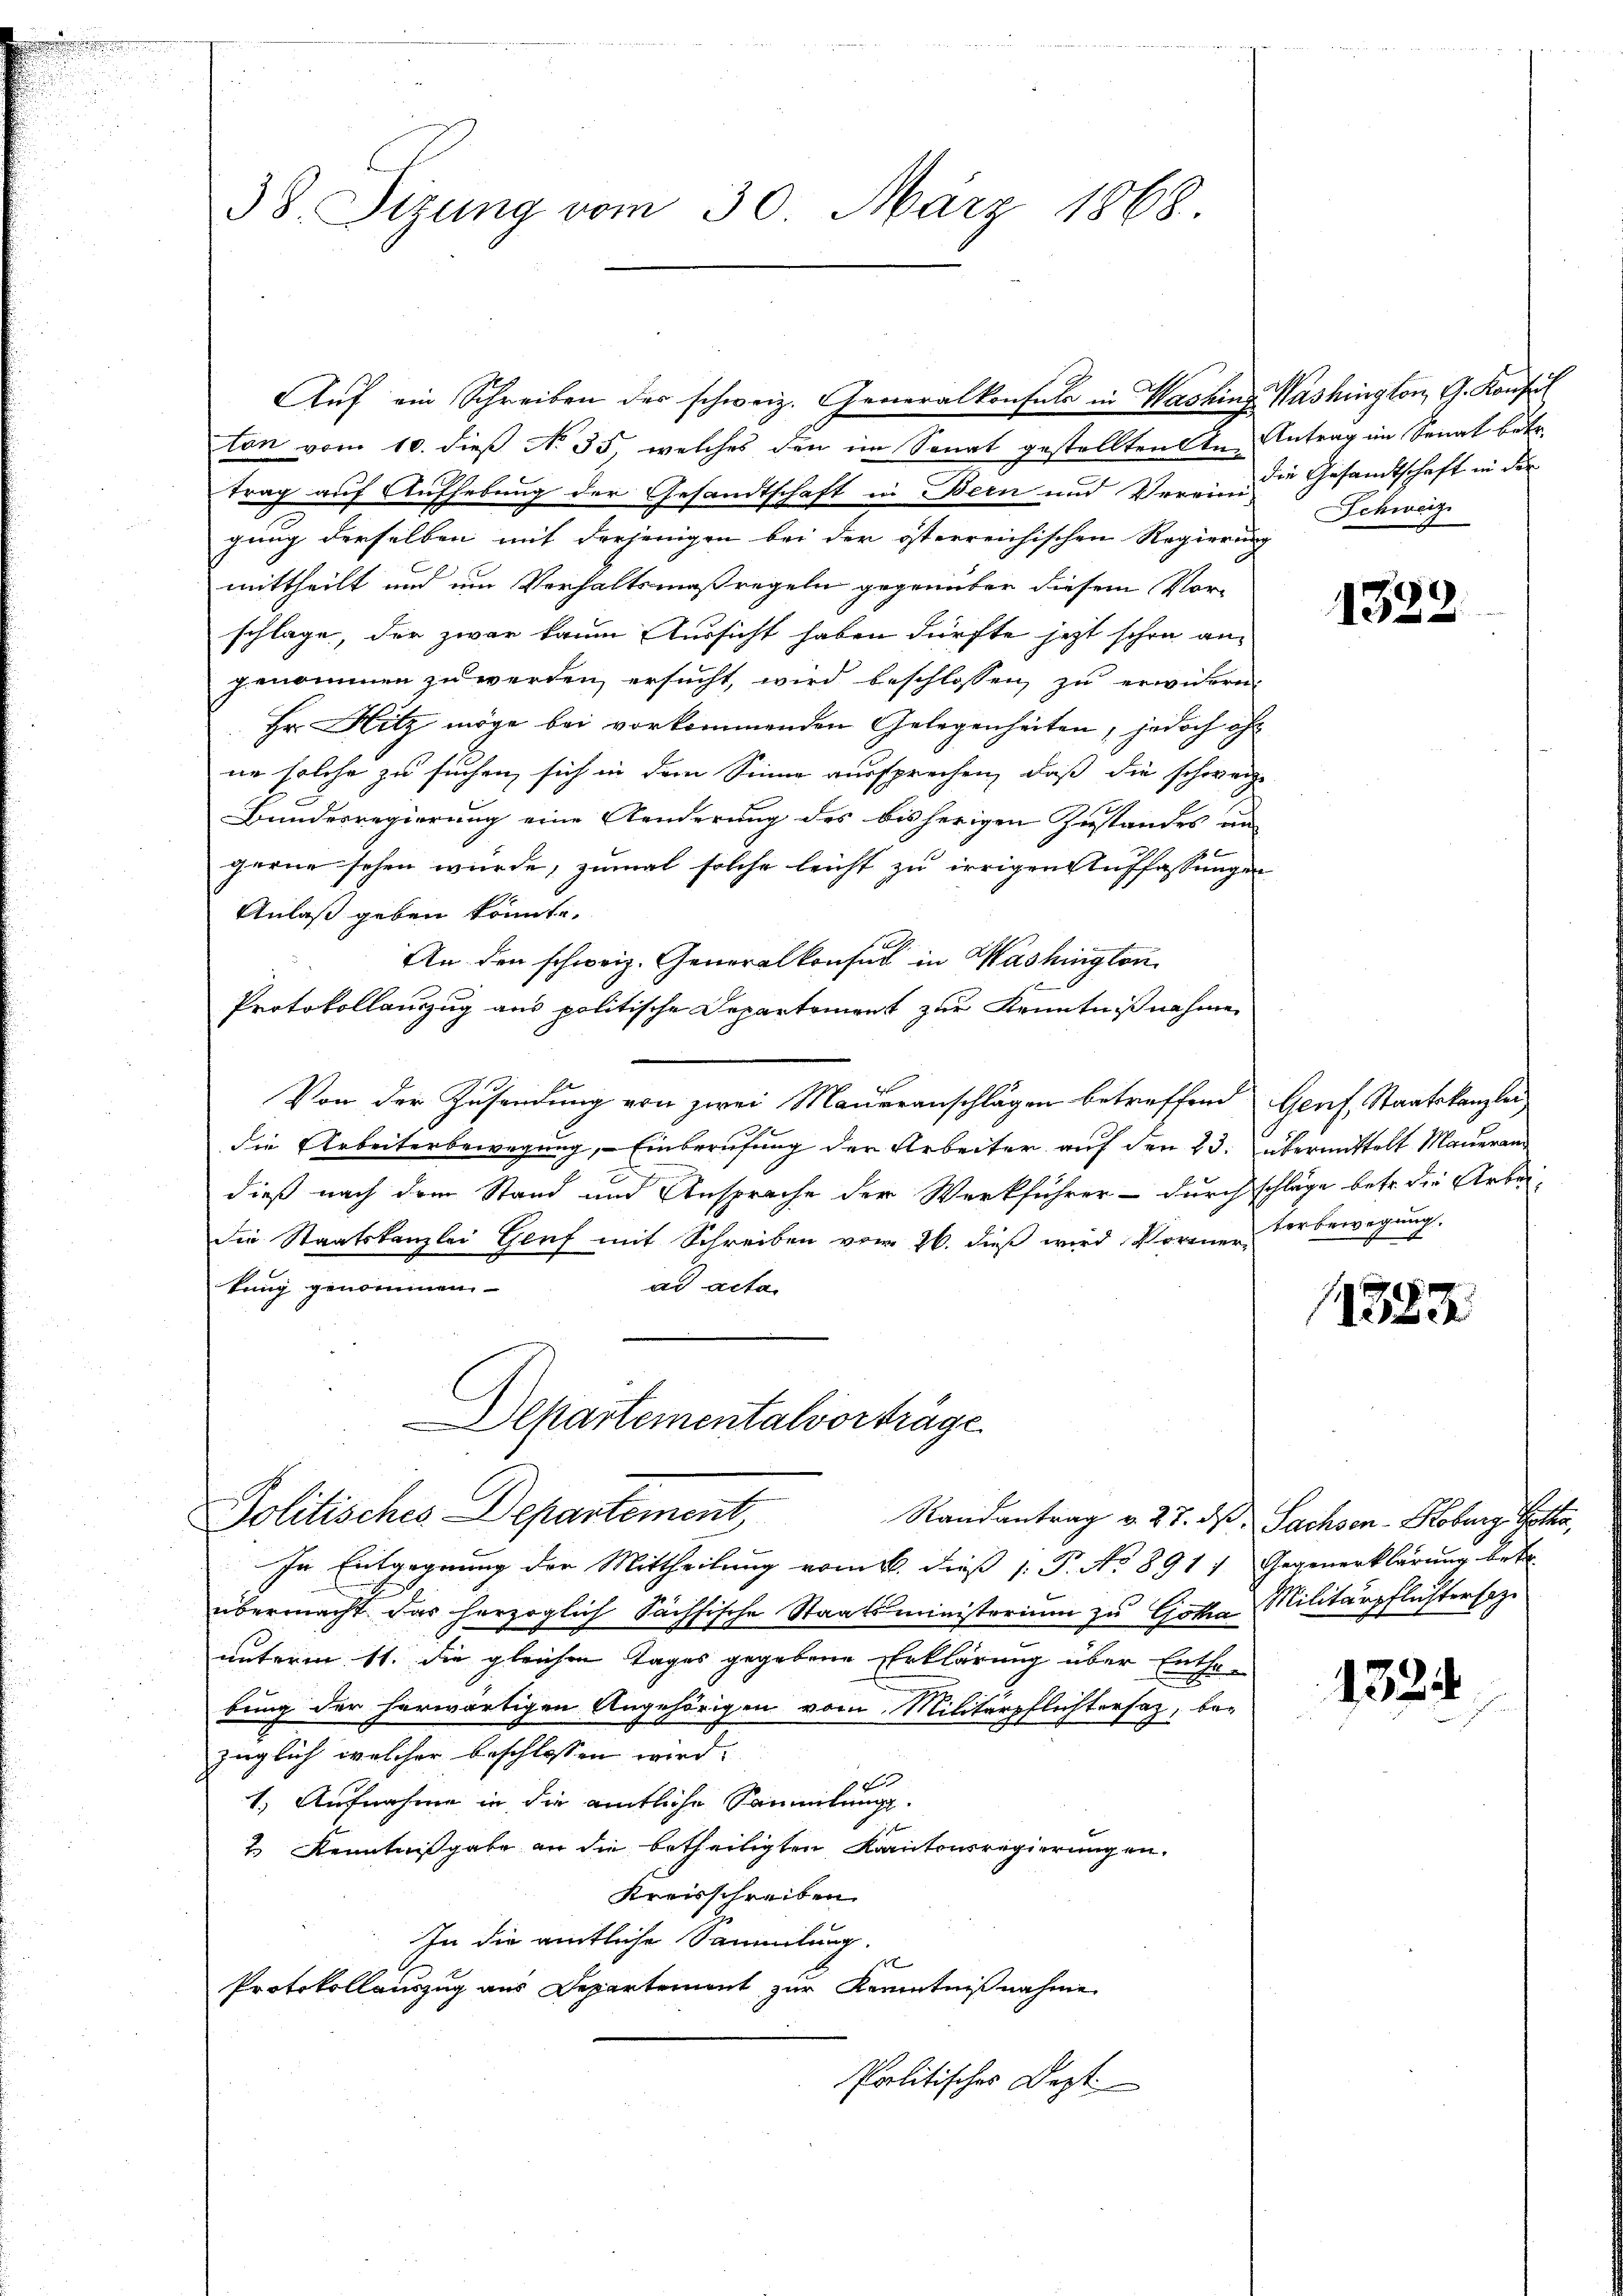
38. Sizung vom 30. März 1868.

ton vom 10. dieß No 35, welches den im Sonat gestellten An- Antrag im Senat betr.
trag auf Aufhebung der Gesandtschaft in Bern und Verein die Gesandtschaft in der
gung derselben mit derjenigen bei der österreichischen Regierung
mittheilt und um Verhaltsmaßregeln gegenüber diesem Vor-
schlage, der zwar kaum Aussicht haben dürfte jetzt schon angenommen zu werden, ersucht, wird beschlossen zu erwidern.
Hr. Hitz möge bei vorkommenden Gelegenheiten, jedoch ofne solche zu suchen, sich in dem Sinne aussprechen, daß die schweiz.
Bunderregierung eine Aenderung des bisherigen Zustandes un
gerne sehen würde, zumal solche leicht zu irrigen Auffassungen
Anlaß geben könnte.
An den schweiz. Generalkonsul in Washington
Protokollauszug aus politische Departement zur Kenntnißnahme
Von der Zusendung von zwei Maueranschlägen betreffend Genf, Staatskanzlei
die Arbeiterbewegung, Einberufung der Arbeiter auf den 23. übermittelt Maueran
dieß nach dem Stand und Ansprache der Werkführer - durchschläge betr. die Arbeidie Staatskanzlei Genf mit Schreiben vom 26. dieβ wird Vorenen Verbewegung.
ad acta
tung genommen

Departementalverträge.
Politisches Departement

In Entgegnung der Mittheilŭng vom 16. dieβ (: P. No 891) Gegenerklärŭng betr.
übermacht das herzoglich Sächsische Staatsministerium zu Gotha Militärpflichtersage
unterm 11. die gleichen Tages gegebene Erklärung über Enthebung der herwärtigen Angehörigen vom Militärpflichtersaz, be-
züglich, welcher beschlossen wird.
9 x
1.) Aufnahme in die amtliche Sammlungs¬
2. Kenntnißgabe an die betheiligten Kantonsregierungen.
Kreisschreiben
In die amtliche Sammlung.
Protokollauszug aus Departement zur Kenntnißnahme
Poolitisches Lezt

Aŭf ein Schreiben der schweiz. Generalkonsuls in Washing Washington G. Konfes

Schweiz

1322

1383

Randantrag v. 27. ds Sachsen-Koburg, Gotha,

1324